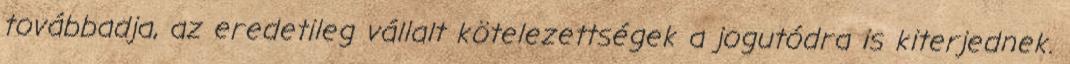
továbbadja, az eredetileg vállalt kötelezettségek a jogutódra is kiterjednek.